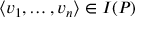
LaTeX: \langle v _ { 1 } , \ldots , v _ { n } \rangle \in I ( P )